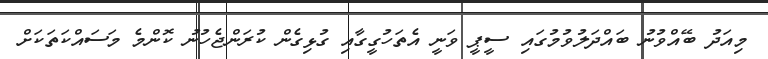
މިއަދު ބޭއްވުނު ބައްދަލުވުމުގައި ސީޕީ ވަނީ އެތަހުގީގާއި ގުޅިގެން ކުރަންޖެހުނު ކޮންމެ މަސައްކަތަކަށް